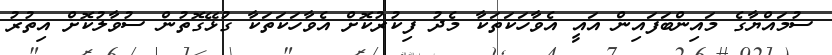
ސުމައްޔާގެ މައިންބަފައިން އައީ އެވާހަކަތަކާ މެދު ފިކުރުކޮށް އެވާހަކަތަކާ ގުޅޭގޮތުން ސުވާލުކޮށް އިތުރު